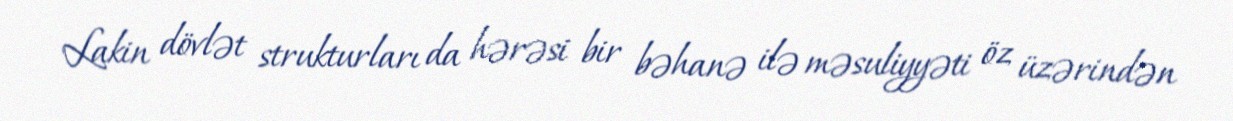
Lakin dövlət strukturları da hərəsi bir bəhanə ilə məsuliyyəti öz üzərindən